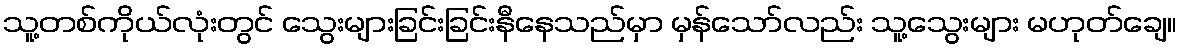
သူ့တစ်ကိုယ်လုံးတွင် သွေးများခြင်းခြင်းနီနေသည်မှာ မှန်သော်လည်း သူ့သွေးများ မဟုတ်ချေ။